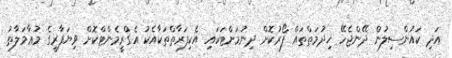
އަދި ކައުންސިލުން ދޭންޖެހޭ ޚިދުމަތްތައް ފޯރުކޮށް ދިނުމަށްޓަކައި އެކިފަރާތްތަކާއެކު އެގްރީމެންޓްކޮށް ވިޔަފާރީގެ މުޢާމަލާތު